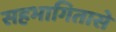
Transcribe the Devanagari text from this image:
सहभागितासे